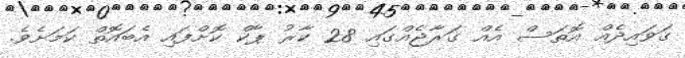
ގަވައިދެއް އޮތަސް އެއް ގަރާޖެއްގައި 28 ކާރު ޕާކް ކޮށްފައި އެބައޮތް ކަމަށެވެ.